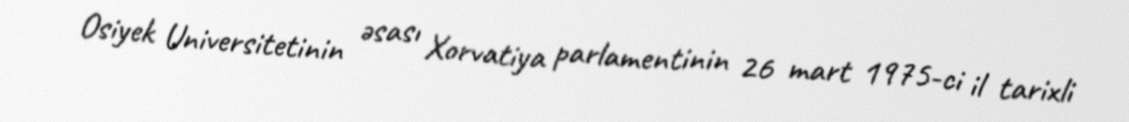
Osiyek Universitetinin əsası Xorvatiya parlamentinin 26 mart 1975-ci il tarixli